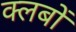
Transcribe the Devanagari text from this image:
क्‍लबों